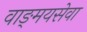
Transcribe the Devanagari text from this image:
वाङ्‌मयसेवा